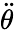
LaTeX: \ddot{\theta}